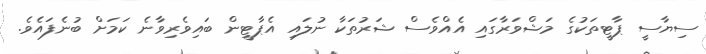
ސިޔާސީ ޕާޓީތަކުގެ މަޝްވަރާގައި އެއްވެސް ޝަރުތަކާ ނުލައި އެޕާޓީން ބައިވެރިވާނެ ކަމަށް ބުނެފައެވެ.